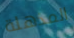
المذهلة